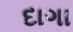
દાગા